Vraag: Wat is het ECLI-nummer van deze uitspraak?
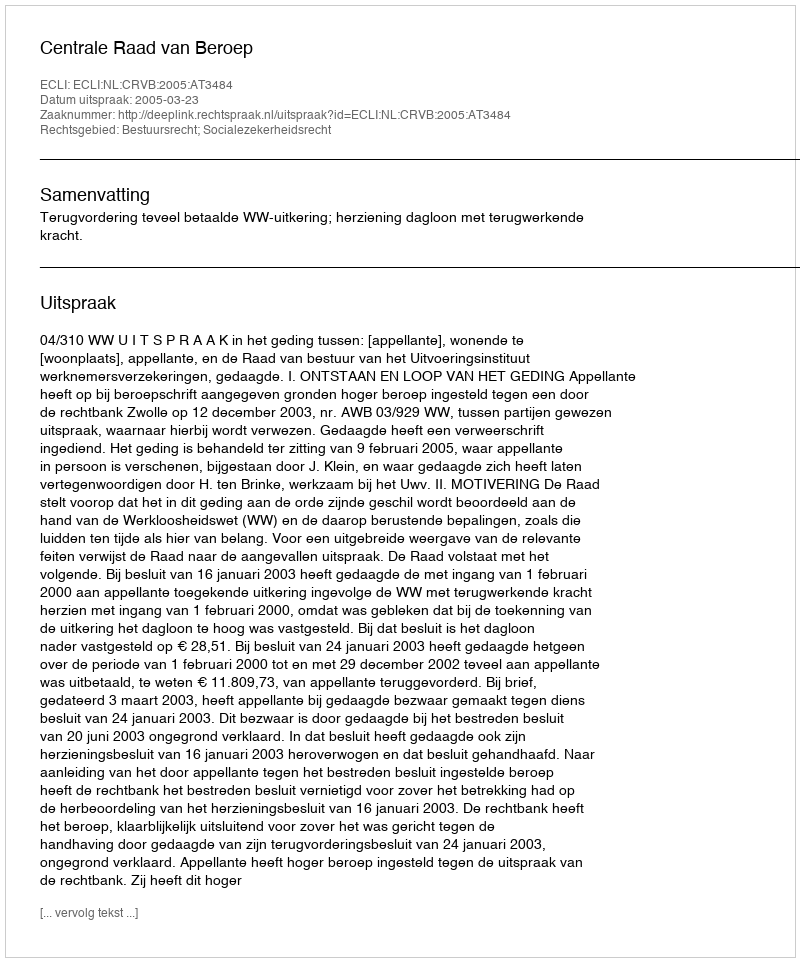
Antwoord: ECLI:NL:CRVB:2005:AT3484